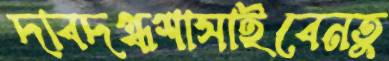
দাবদগ্ধশাসাইবেনতু